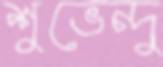
শুভেন্দু